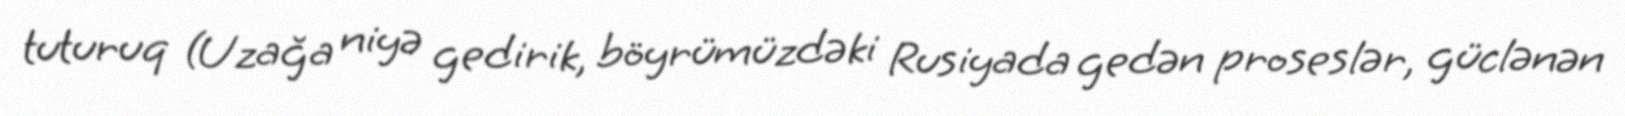
tuturuq (Uzağa niyə gedirik, böyrümüzdəki Rusiyada gedən proseslər, güclənən